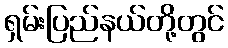
ရှမ်းပြည်နယ်တို့တွင်